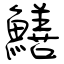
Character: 鱔